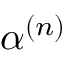
\alpha ^ { ( n ) }